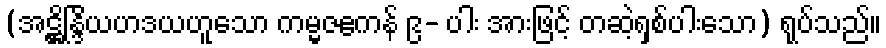
(အဋ္ဌိန္ဒြိယဟဒယဟူသော ကမ္မဇဧကန် ၉- ပါး အားဖြင့် တဆဲ့ရှစ်ပါးသော) ရုပ်သည်။